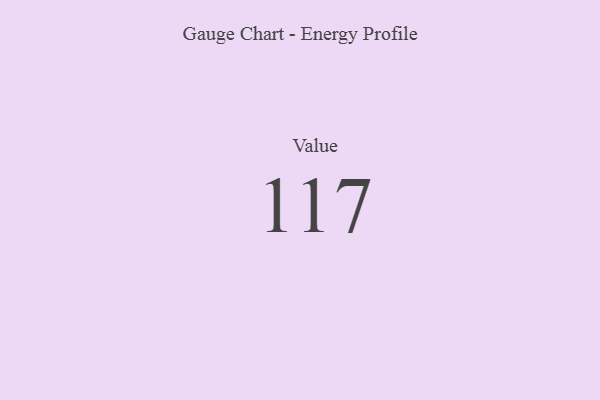
{"axis": {"x": "Metric", "y": "Value"}, "legend": [""], "data": [{"x": "Value", "y": 117, "type": ""}]}